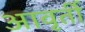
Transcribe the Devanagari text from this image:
आवृर्ती